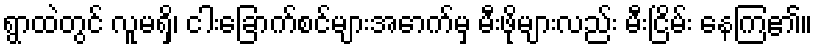
ရွာထဲတွင် လူမရှိ၊ ငါးခြောက်စင်များအောက်မှ မီးဖိုများလည်း မီးငြိမ်း နေကြ၏။